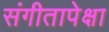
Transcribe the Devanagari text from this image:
संगीतापेक्षा